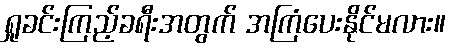
ရှုခင်းကြည့်ခရီးအတွက် အကြံပေးနိုင်မလား။